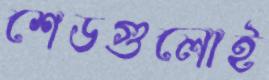
শেডগুলোই